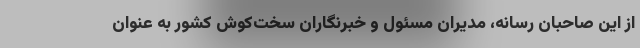
از این صاحبان رسانه، مدیران مسئول و خبرنگاران سخت‌کوش کشور به عنوان